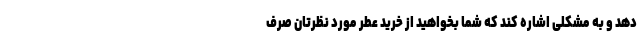
دهد و به مشکلی اشاره کند که شما بخواهید از خرید عطر مورد نظرتان صرف